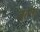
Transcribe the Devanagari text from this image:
जुराना